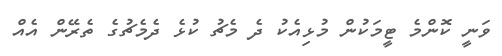
ވަނީ ކޮންމެ ޓީމަކުން މުޅިއެކު ދެ މެޗު ކުޅެ ދެމެޗުގެ ތެރޭން އެއް